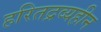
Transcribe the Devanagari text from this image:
हरितद्रव्यहीन